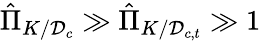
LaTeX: \hat{\Pi}_{K/\mathcal{D}_{c}}\gg\hat{\Pi}_{K/\mathcal{D}_{c,t}}\gg 1